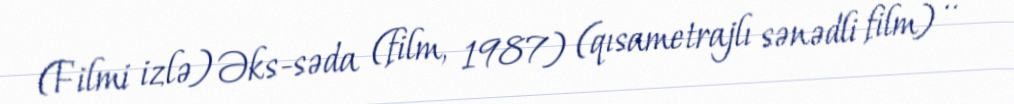
(Filmi izlə) Əks-səda (film, 1987) (qısametrajlı sənədli film) ..